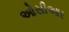
ઓસીઆર